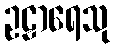
ဥဠာရေသု